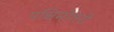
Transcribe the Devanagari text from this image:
पश्चिमोतरी